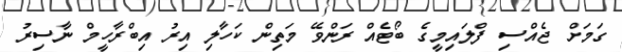
ގަމަށް ޖެއްސި ފްލައިމީގެ ބޯޓެއް ރަންވޭ މަތިން ކަހާލި އިރު އިބްރާހީމް ނާސިރު